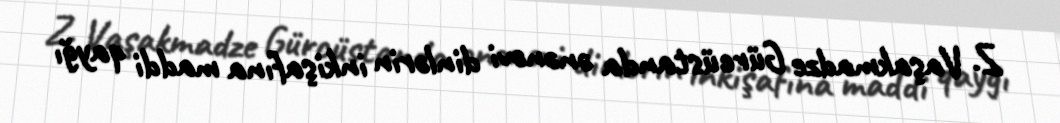
Z. Vaşakmadze Gürcüstanda ənənəvi dinlərin inkişafına maddi qayğı